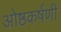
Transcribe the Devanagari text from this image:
ओष्ठकर्षणी